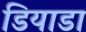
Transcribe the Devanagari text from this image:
डियाडा